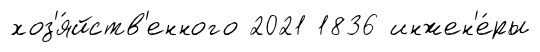
хоз'я́йств'енного 2021 1836 инжен'е́ры